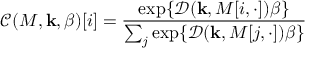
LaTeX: { \mathcal { C } } ( M , \mathbf { k } , \beta ) [ i ] = { \frac { \exp \{ { \mathcal { D } } ( \mathbf { k } , M [ i , \cdot ] ) \beta \} } { \sum _ { j } \exp \{ { \mathcal { D } } ( \mathbf { k } , M [ j , \cdot ] ) \beta \} } }